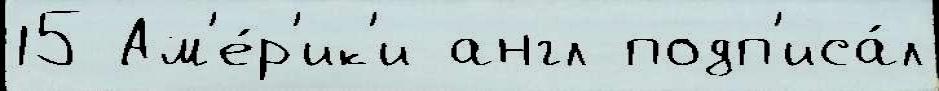
15 Ам'е́р'ик'и англ подп'иса́л